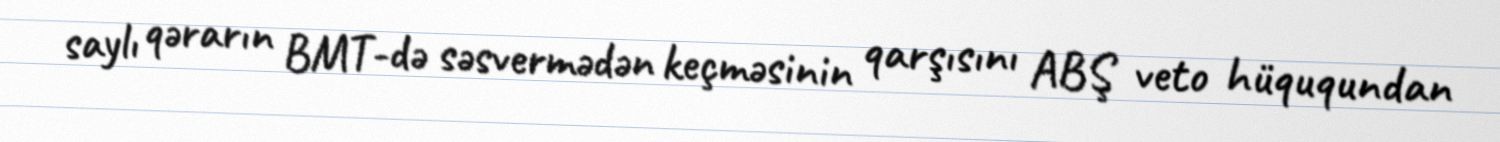
saylı qərarın BMT-də səsvermədən keçməsinin qarşısını ABŞ veto hüququndan